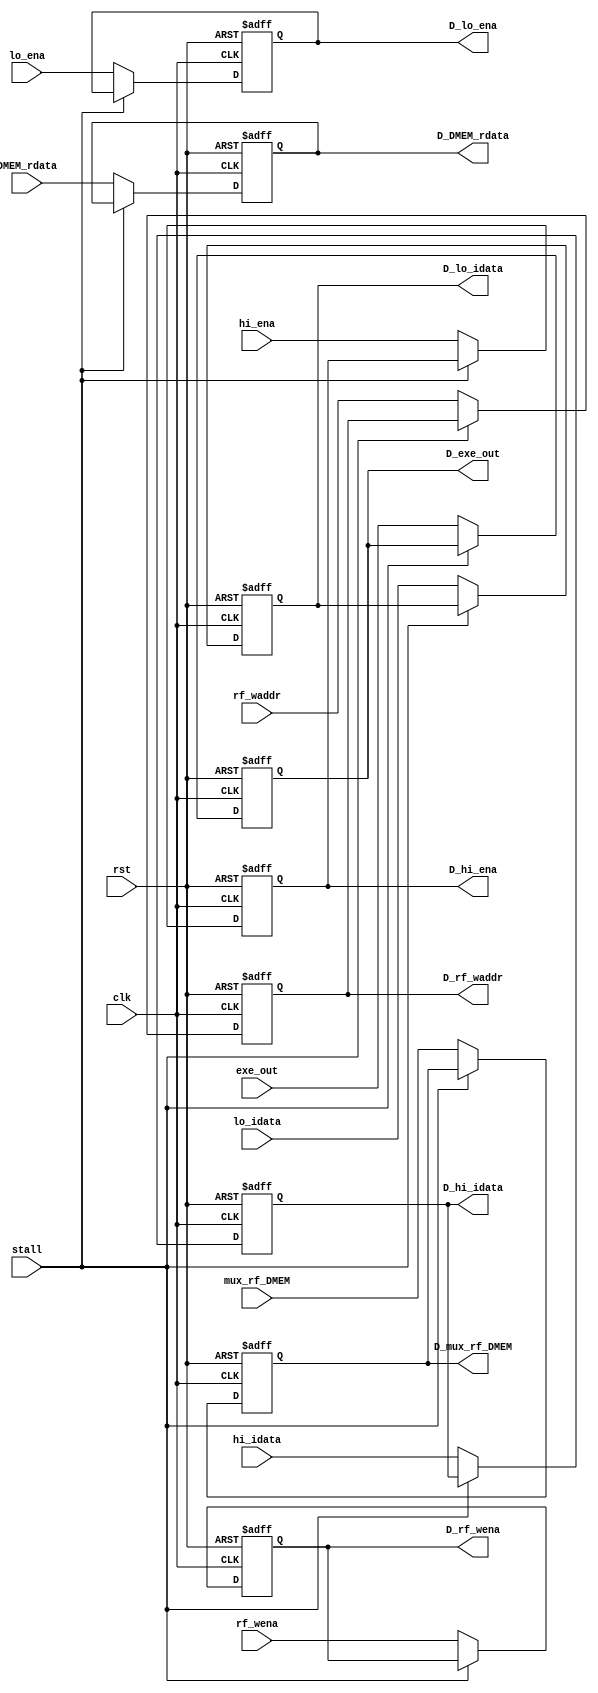
`timescale 1ns/1ps
module PipeMWreg(
    input clk,
    input rst,
    input stall,
    input mux_rf_DMEM,
    input rf_wena,
    input [4:0] rf_waddr,
    input hi_ena,
    input [31:0] hi_idata,
    input lo_ena,
    input [31:0] lo_idata,
    input [31:0] exe_out,
    input [31:0] DMEM_rdata,
    output reg D_mux_rf_DMEM,
    output reg D_rf_wena,
    output reg [4:0] D_rf_waddr,
    output reg D_hi_ena,
    output reg [31:0] D_hi_idata,
    output reg D_lo_ena,
    output reg [31:0] D_lo_idata,
    output reg [31:0] D_exe_out,
    output reg [31:0] D_DMEM_rdata
);
    always@(posedge clk or posedge rst)
    begin
        if(rst)
        begin
            D_mux_rf_DMEM<=1'b0;
            D_rf_wena<=0;
            D_rf_waddr<=5'b0;
            D_hi_ena<=0;
            D_hi_idata<=32'b0;
            D_lo_ena<=0;
            D_lo_idata<=32'b0;
            D_exe_out<=32'b0;
            D_DMEM_rdata<=32'b0;
        end
        else if(~stall)
        begin
            D_mux_rf_DMEM<=mux_rf_DMEM;
            D_rf_wena<=rf_wena;
            D_rf_waddr<=rf_waddr;
            D_hi_ena<=hi_ena;
            D_hi_idata<=hi_idata;
            D_lo_ena<=lo_ena;
            D_lo_idata<=lo_idata;
            D_exe_out<=exe_out;
            D_DMEM_rdata<=DMEM_rdata;
        end
    end
endmodule